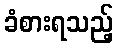
ခံစားရသည့်